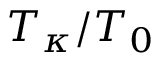
T _ { \kappa } / T _ { 0 }